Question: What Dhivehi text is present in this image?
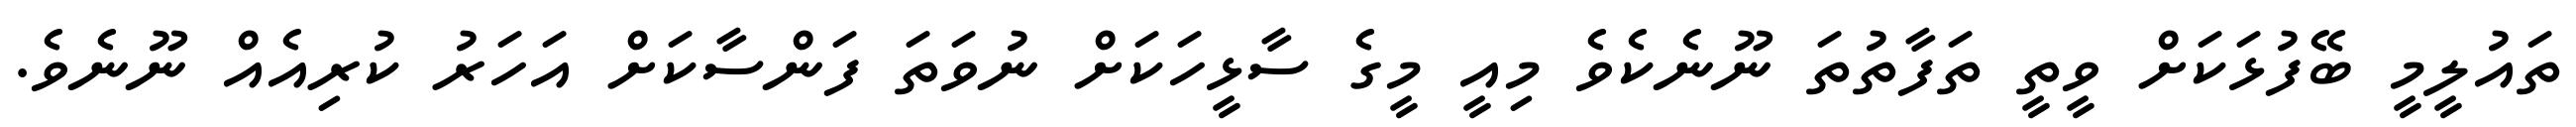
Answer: ތައުލީމީ ބޭފުޅަކަށް ވީތީ ތަފާތުތަ ނޫނެކެވެ މިއީ މީގެ ސާޅީހަކަށް ނުވަތަ ފަންސާކަށް އަހަރު ކުރިއެއް ނޫނެވެ.